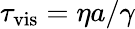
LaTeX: \tau_{\mathrm{vis}}=\eta a/\gamma